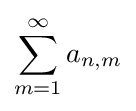
\sum _{m=1}^{\infty }a_{n,m}